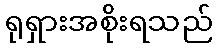
ရုရှားအစိုးရသည်